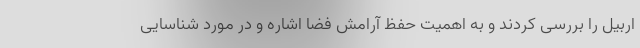
اربیل را بررسی کردند و به اهمیت حفظ آرامش فضا اشاره و در مورد شناسایی